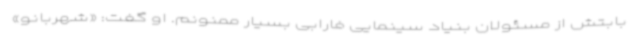
بابتش از مسئولان بنیاد سینمایی فارابی بسیار ممنونم. او گفت: «شهربانو»